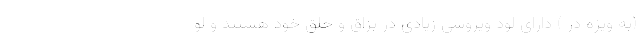
(به ویژه در ) دارای لود ویروسی زیادی در بزاق و حلق خود هستند و لو